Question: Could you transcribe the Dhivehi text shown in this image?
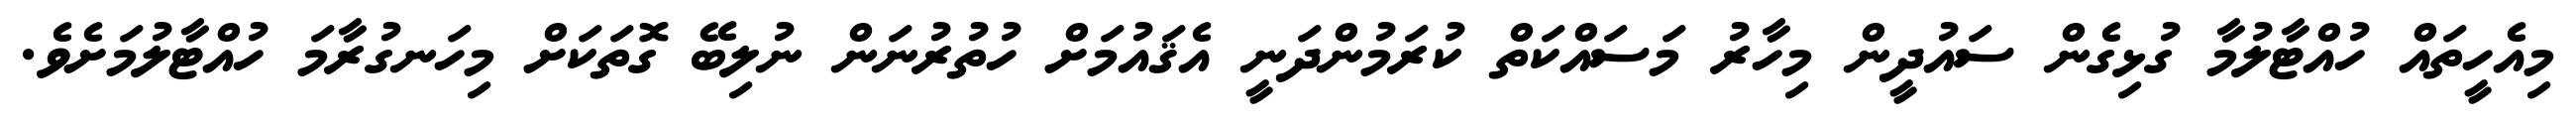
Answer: މިއެހީތައް ހުއްޓާލުމާ ގުޅިގެން ސައުދީން މިހާރު މަސައްކަތް ކުރަމުންދަނީ އެޤައުމަށް ހުތުރުނަން ނުލިބޭ ގޮތަކަށް މިހަނގުރާމަ ހުއްޓާލުމަށެވެ.